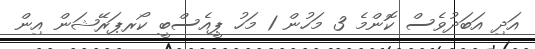
އަދި އަބަދުވެސް ކޮންމެ 3 މަހުން 1 މަހު ޕީއެސްބީ ކޯރޕަރޭޝަން އިން